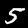
Label: 5